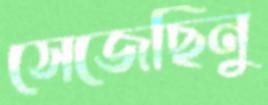
সেজেছিনু